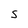
Character: S